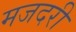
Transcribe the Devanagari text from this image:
मजदरी